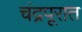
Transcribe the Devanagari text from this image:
चंद्रपूरात